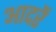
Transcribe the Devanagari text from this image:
आदरें